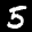
Label: 5